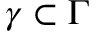
\gamma \subset \Gamma